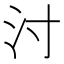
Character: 𰛇